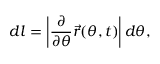
d l = \left| \frac { \partial } { \partial \theta } \vec { r } ( \theta , t ) \right| d \theta ,